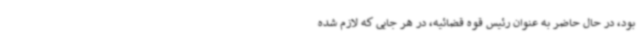
بود، در حال حاضر به عنوان رئیس قوه قضائیه، در هر جایی که لازم شده